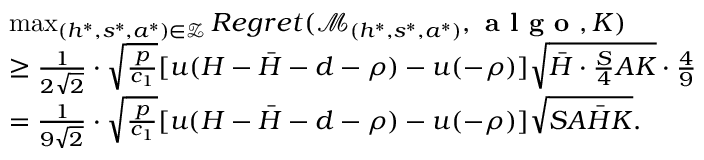
\begin{array} { r l } & { \mathop { \operatorname* { m a x } } _ { ( h ^ { * } , s ^ { * } , a ^ { * } ) \in \mathcal { Z } } R e g r e t ( \mathcal { M } _ { ( h ^ { * } , s ^ { * } , a ^ { * } ) } , \textbf { a l g o } , K ) } \\ & { \geq \frac { 1 } { 2 \sqrt { 2 } } \cdot \sqrt { \frac { p } { c _ { 1 } } } [ u ( H - \bar { H } - d - \rho ) - u ( - \rho ) ] \sqrt { \bar { H } \cdot \frac { S } { 4 } A K } \cdot \frac { 4 } { 9 } } \\ & { = \frac { 1 } { 9 \sqrt { 2 } } \cdot \sqrt { \frac { p } { c _ { 1 } } } [ u ( H - \bar { H } - d - \rho ) - u ( - \rho ) ] \sqrt { S A \bar { H } K } . } \end{array}